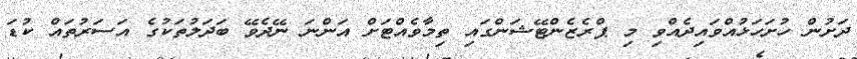
ދަށުން ހުށަހަޅުއްވައިދެއްވި މި ޕްރެޒެންޓޭޝަންގައި ތިމާވެއްޓަށް އަންނަ ނޭދެވޭ ބަދަލުތަކުގެ އަސަރުތައް ކުޑަ